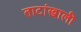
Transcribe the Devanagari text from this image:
ताटांखाली